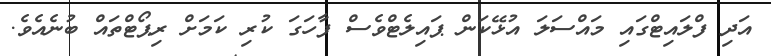
އަދި ފްލައިޓްގައި މައްސަލަ އުޅޭކަން ޕައިލެޓްވެސް ފާހަގަ ކުރި ކަމަށް ރިޕޯޓްތައް ބުނެއެވެ.